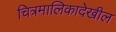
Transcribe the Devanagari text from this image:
चित्रमालिकादेखील